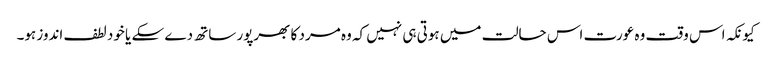
کیونکہ اس وقت وہ عورت اس حالت میں ہوتی ہی نہیں کہ وہ مرد کا بھرپور ساتھ دے سکے یا خود لطف اندوز ہو۔